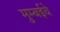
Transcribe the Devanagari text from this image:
मुम्बईचे